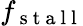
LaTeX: f_{\mathrm{~s~t~a~l~l~}}